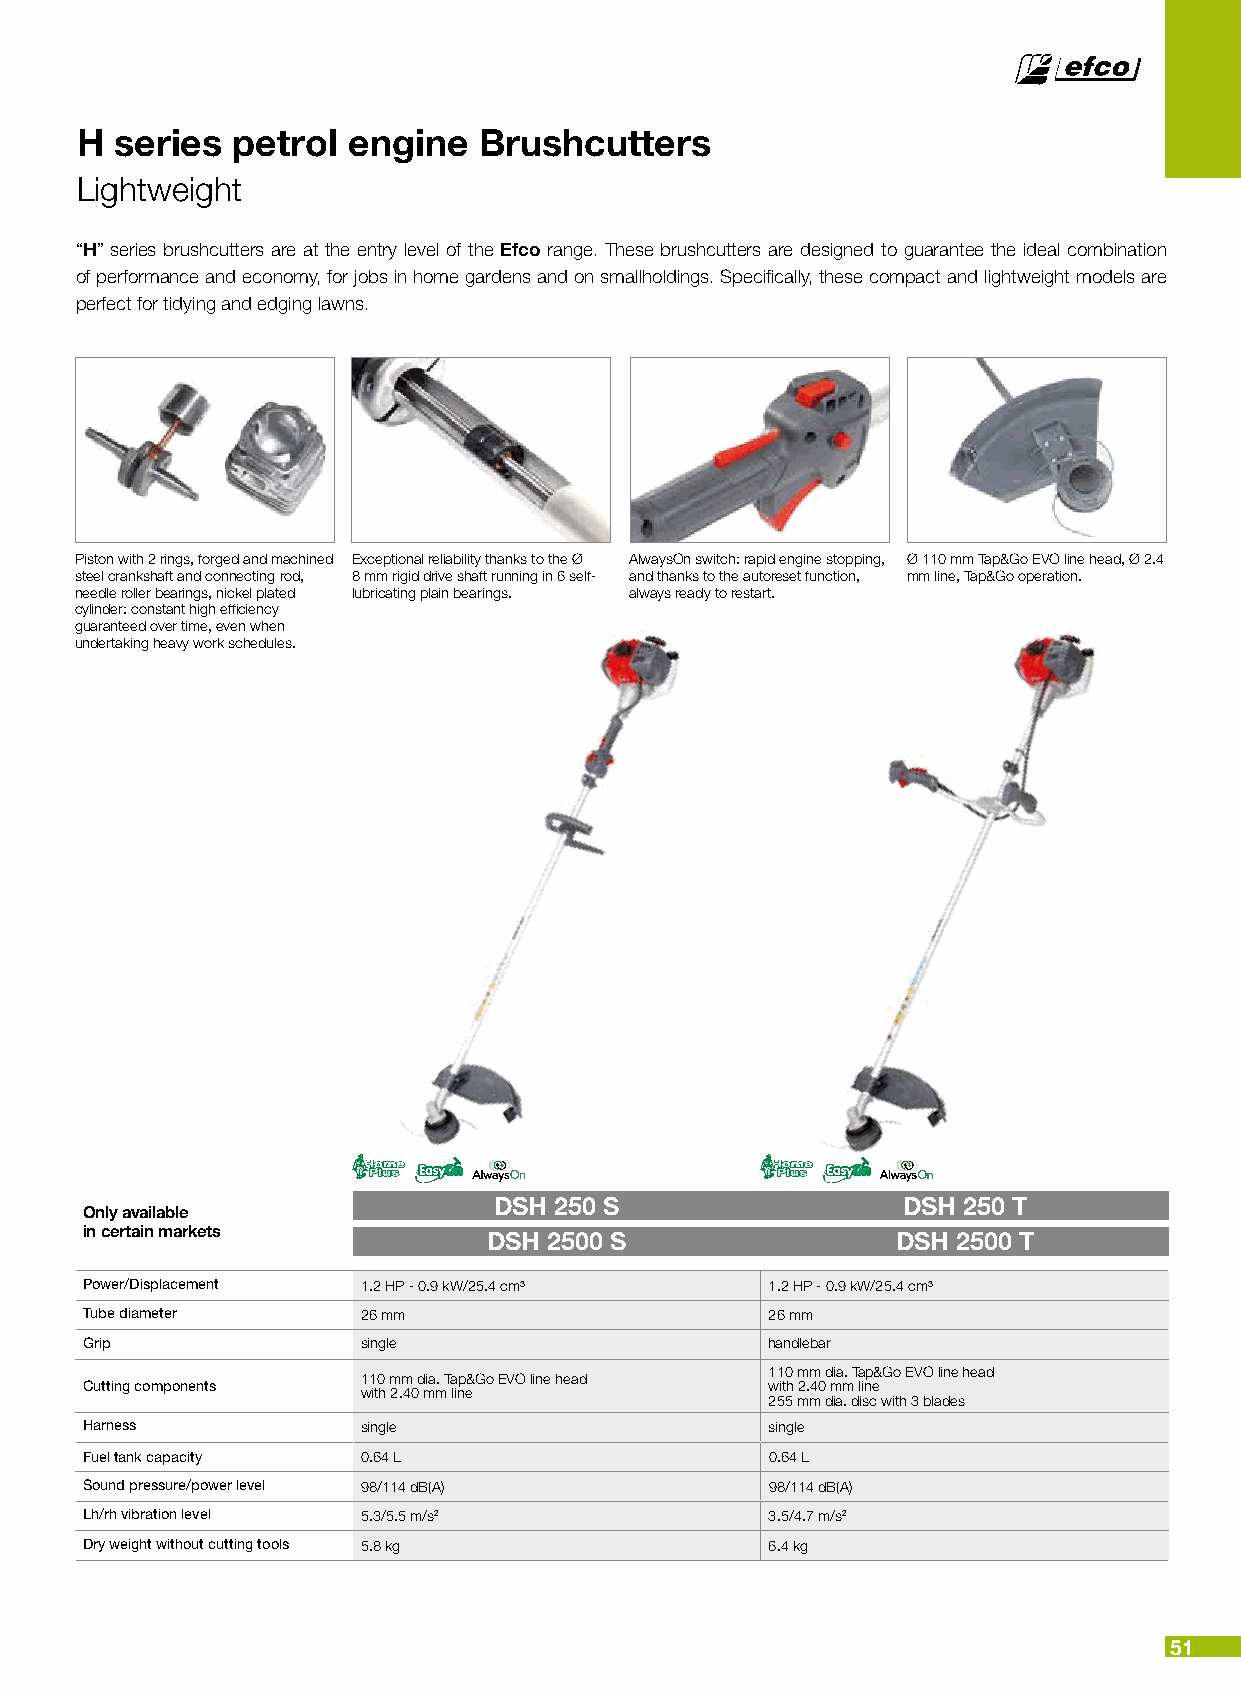
H  series petrol  engine   Brushcutters
 Lightweight
 “H” series brushcutters are at the entry level of the Efco range. These brushcutters are designed to guarantee the ideal combination
 of performance and economy, for jobs in home gardens and on smallholdings. Specifically, these compact and lightweight models are
 perfect for tidying and edging lawns.
 Piston with 2 rings, forged and machined Exceptional reliability thanks to the Ø AlwaysOn switch: rapid engine stopping, Ø 110 mm Tap&Go EVO line head, Ø 2.4
 steel crankshaft and connecting rod, 8 mm rigid drive shaft running in 6 self- and thanks to the autoreset function, mm line, Tap&Go operation.
 needle roller bearings, nickel plated lubricating plain bearings. always ready to restart.
 cylinder: constant high efficiency
 guaranteed over time, even when
 undertaking heavy work schedules.
 DSH 250 S                  DSH 250 T
 Only available
 in certain markets
 DSH 2500 S                 DSH 2500 T
 Power/Displacement 1.2 HP - 0.9 kW/25.4 cm³   1.2 HP - 0.9 kW/25.4 cm³
 Tube diameter      26 mm                      26 mm
 Grip               single                     handlebar
 110 mm dia. Tap&Go EVO line head
 110 mm dia. Tap&Go EVO line head
 Cutting components                            with 2.40 mm line
 with 2.40 mm line
 255 mm dia. disc with 3 blades
 Harness            single                     single
 Fuel tank capacity 0.64 L                     0.64 L
 Sound pressure/power level 98/114 dB(A)       98/114 dB(A)
 Lh/rh vibration level 5.3/5.5 m/s2            3.5/4.7 m/s2
 Dry weight without cutting tools 5.8 kg       6.4 kg
 51